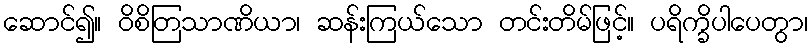
ဆောင်၍။ ဝိစိတြသာဏိယာ၊ ဆန်းကြယ်သော တင်းတိမ်ဖြင့်။ ပရိက္ခိပါပေတွာ၊